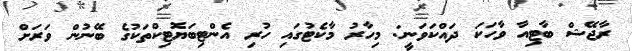
ރާޖޭޝް ބާޓިއާ ވާހަކަ ދައްކަވަނީ: މިހާރު މާކެޓުގައި ހުރި އެންޓިބަޔޮޓިކްތަކުގެ ބޭނުން ވަރަށް